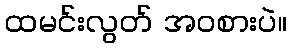
ထမင်းလွတ် အဝစားပဲ။